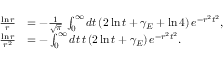
\begin{array} { r l } { \frac { \ln r } { r } } & { = - \frac { 1 } { \sqrt { \pi } } \, \int _ { 0 } ^ { \infty } d t \, ( 2 \ln t + \gamma _ { E } + \ln 4 ) \, e ^ { - r ^ { 2 } t ^ { 2 } } , } \\ { \frac { \ln r } { r ^ { 2 } } } & { = - \int _ { 0 } ^ { \infty } d t \, t \, ( 2 \ln t + \gamma _ { E } ) \, e ^ { - r ^ { 2 } t ^ { 2 } } . } \end{array}